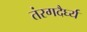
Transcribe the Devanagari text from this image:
तंरगदैर्घ्य